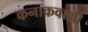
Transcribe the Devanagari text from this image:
कनाकवाल्ली